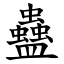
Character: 蠱